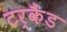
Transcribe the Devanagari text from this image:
टर्कैंड